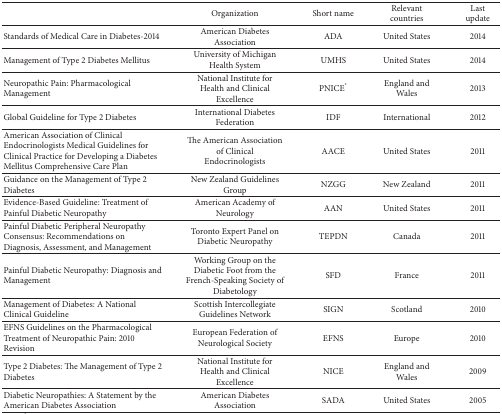
|  | Organization | Short name | Relevant countries | Last update |
 | --- | --- | --- | --- | --- |
 | Standards of Medical Care in Diabetes-2014 | American Diabetes Association | ADA | United States | 2014 |
 | Management of Type 2 Diabetes Mellitus | University of Michigan Health System | UMHS | United States | 2014 |
 | Neuropathic Pain: Pharmacological Management | National Institute for Health and Clinical Excellence | PNICE* | England and Wales | 2013 |
 | Global Guideline for Type 2 Diabetes | International Diabetes Federation | IDF | International | 2012 |
 | American Association of Clinical Endocrinologists Medical Guidelines for Clinical Practice for Developing a Diabetes Mellitus Comprehensive Care Plan | The American Association of Clinical Endocrinologists | AACE | United States | 2011 |
 | Guidance on the Management of Type 2 Diabetes | New Zealand Guidelines Group | NZGG | New Zealand | 2011 |
 | Evidence-Based Guideline: Treatment of Painful Diabetic Neuropathy | American Academy of Neurology | AAN | United States | 2011 |
 | Painful Diabetic Peripheral Neuropathy Consensus: Recommendations on Diagnosis, Assessment, and Management | Toronto Expert Panel on Diabetic Neuropathy | TEPDN | Canada | 2011 |
 | Painful Diabetic Neuropathy: Diagnosis and Management | Working Group on the Diabetic Foot from the French-Speaking Society of Diabetology | SFD | France | 2011 |
 | Management of Diabetes: A National Clinical Guideline | Scottish Intercollegiate Guidelines Network | SIGN | Scotland | 2010 |
 | EFNS Guidelines on the Pharmacological Treatment of Neuropathic Pain: 2010 Revision | European Federation of Neurological Society | EFNS | Europe | 2010 |
 | Type 2 Diabetes: The Management of Type 2 Diabetes | National Institute for Health and Clinical Excellence | NICE | England and Wales | 2009 |
 | Diabetic Neuropathies: A Statement by the American Diabetes Association | American Diabetes Association | SADA | United States | 2005 |